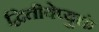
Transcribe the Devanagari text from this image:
द्वितीयेप्युक्तं